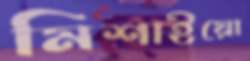
মিশাইয়ো